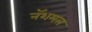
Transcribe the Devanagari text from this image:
नॅशमल